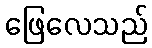
ဖြေလေသည်